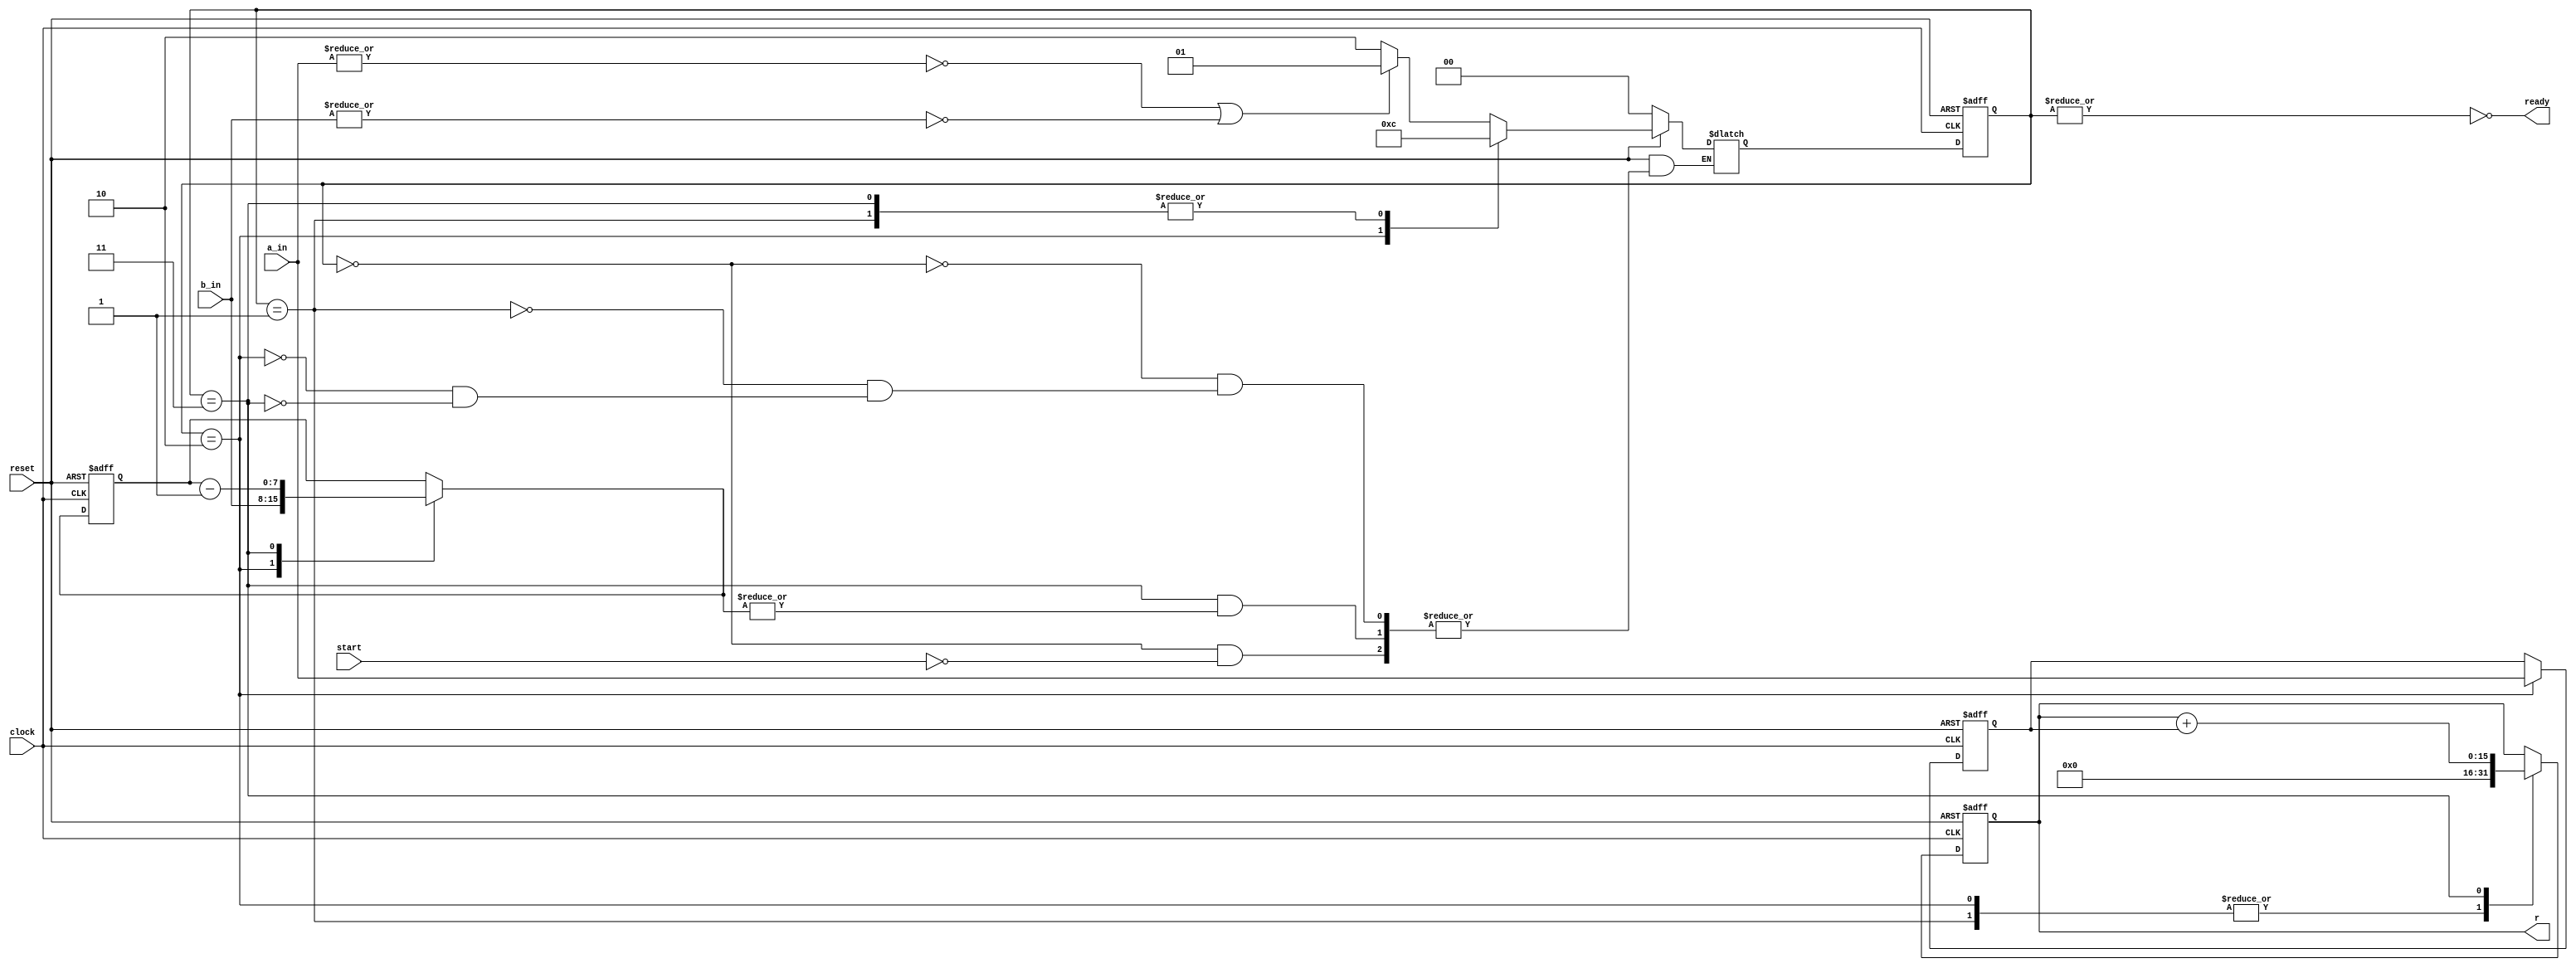
module multiplier_repad(r, ready, clock, reset, start, a_in, b_in);
//inputs
input clock;            //system clock
input reset;            //active low reset
input start;            //command to start operation
input [7:0] a_in;       //Multiplicand/Multiplier
input [7:0] b_in;       //Multiplicand/Multiplier

//output
output ready;           //asserted when the system is idle
output [15:0] r;               //product of a_in and b_in

//states
parameter IDLE = 2'b00;
parameter AB0 = 2'b01;
parameter LOAD = 2'b10;
parameter OP = 2'b11;

//*control path*//

reg [1:0] state;
reg [1:0] state_next;

//state register
always @(posedge clock , negedge reset)//review the sensitivity list
begin
    if(~reset)
        state <= IDLE;
    else    
        state <= state_next;
end

//next state
always @(state, start, reset, n_next)//review the sensitivity list
begin
    if(~reset)
        state_next <= IDLE;
    else
    begin
        case (state)
        IDLE: begin
            if(start)
            begin
                if((~|a_in)|(~|b_in))
                    state_next <= AB0;
                else
                    state_next <= LOAD;
            end    
        end
        AB0: state_next <= IDLE;
        LOAD:state_next <= OP;
        OP: begin
            if(~|n_next)
                state_next<= IDLE;
        end
        default: state_next<= IDLE;
        endcase
    end
end

//ouput
assign ready = ~|state ;

//*data path*//

//registers

reg [7:0] a;    //a register
reg [7:0] n;    //counter
reg [15:0] r;  

reg [7:0] a_next;
reg [7:0] n_next;
reg [15:0] r_next;


always @(posedge clock,negedge reset)//review the sensitivity list
begin
    if(~reset)
    begin
        a <= 8'h00;
        n <= 8'h00;
        r <= 16'h0000;
    end
    else
    begin
        a <= a_next;
        n <= n_next;
        r <= r_next;
    end
end

//routing and multiplexing

always @(state, start,a,n,subtract_out, add_out)//review the sensitivity list
begin
    case (state)
    AB0: begin
        a_next <= a;
        n_next <= n;
        r_next <= 16'h0000;
    end
    LOAD: begin
        a_next <= a_in;
        n_next <= b_in;
        r_next <= 16'h0000;
    end
    OP: begin
        a_next <= a;
        n_next <= subtract_out;
        r_next <= add_out;
    end
    default: begin
        a_next <= a;
        n_next <= n;
        r_next <= r;
    end
    endcase

end

//functional block
wire [7:0] subtract_out;
assign subtract_out = n - 1;
wire [15:0] add_out;
assign add_out = r + {8'h00,a};

wire test;
assign test = ~|n_next;
endmodule